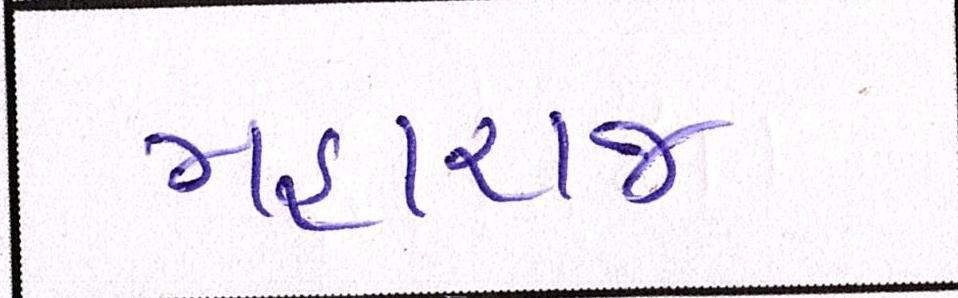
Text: મહારાજ